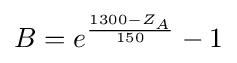
B=e^{\frac {1300-Z_{A}}{150}}-1